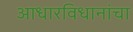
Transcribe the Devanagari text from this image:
आधारविधानांचा